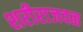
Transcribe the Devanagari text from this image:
शरीराजवळ